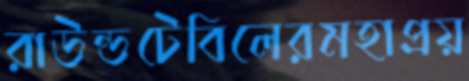
রাউন্ডটেবিলেরমহাপ্রয়